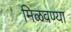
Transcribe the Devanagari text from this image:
मिळवण्या